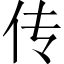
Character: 传